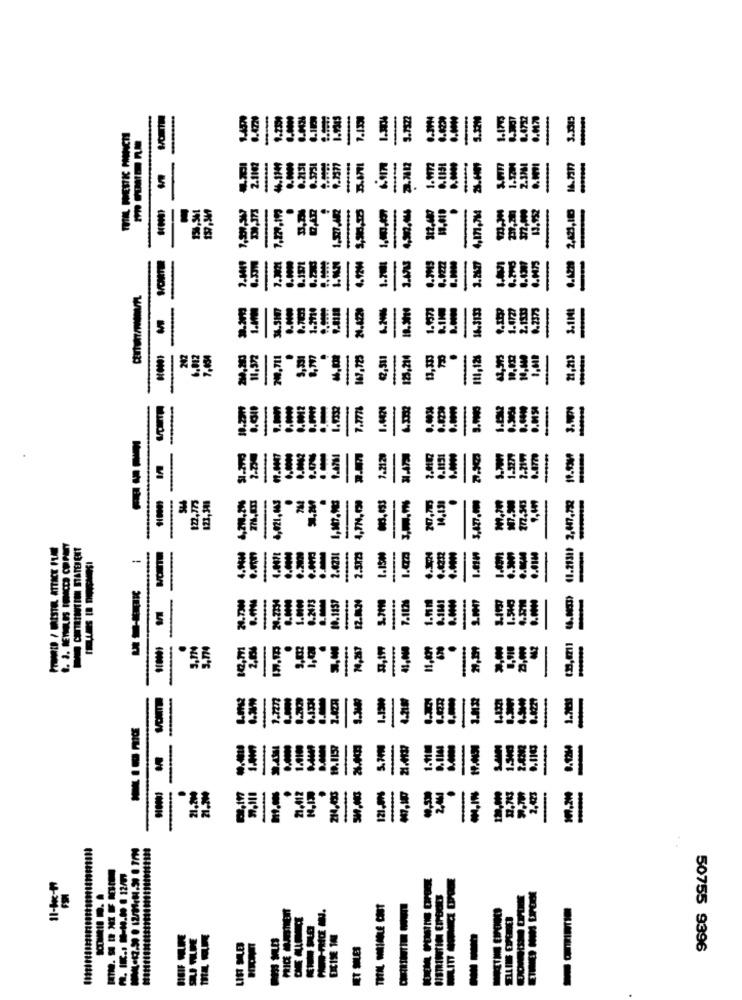
TRIAL, PESTIC MOICH
-
-
ISES"
UM
TEE
41.21311 2,617,122
-
.1157
MC'S
JIGGLE CNT
ERCISE 100
50755 9396